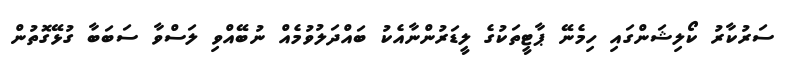
ސަރުކާރު ކޯލިޝަންގައި ހިމެނޭ ޕާޓީތަކުގެ ލީޑަރުންނާއެކު ބައްދަލުވުމެއް ނުބޭއްވި ލަސްވާ ސަބަބާ ގުޅޭގޮތުން